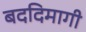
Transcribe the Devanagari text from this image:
बददिमागी